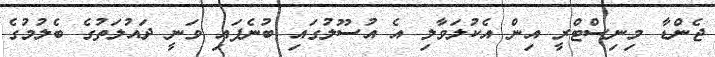
ޖެންޑާ މިނިސްޓްރީ އިން އެކުލަވާލި އެ އުސޫލުގައި ބުނެފައި ވަނީ ދައުލަތުގެ ބެލުމުގެ